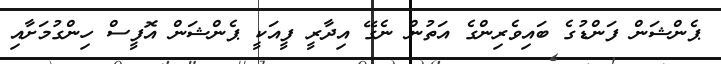
ޕެންޝަން ފަންޑުގެ ބައިވެރިންގެ އަތުން ނެގޭ އިދާރީ ފީއަކީ ޕެންޝަން އޮފީސް ހިންގުމަށާއި